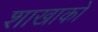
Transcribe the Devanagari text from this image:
शाखाकों